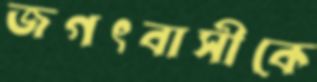
জগৎবাসীকে